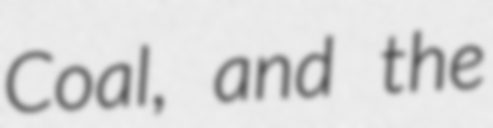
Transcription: Coal, and the